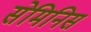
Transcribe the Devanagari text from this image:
सेमिनिस